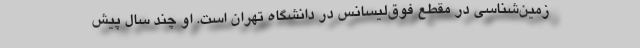
زمین‌شناسی در مقطع فوق‌لیسانس در دانشگاه تهران است. او چند سال پیش